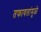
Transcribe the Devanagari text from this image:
तफावतांमुळे